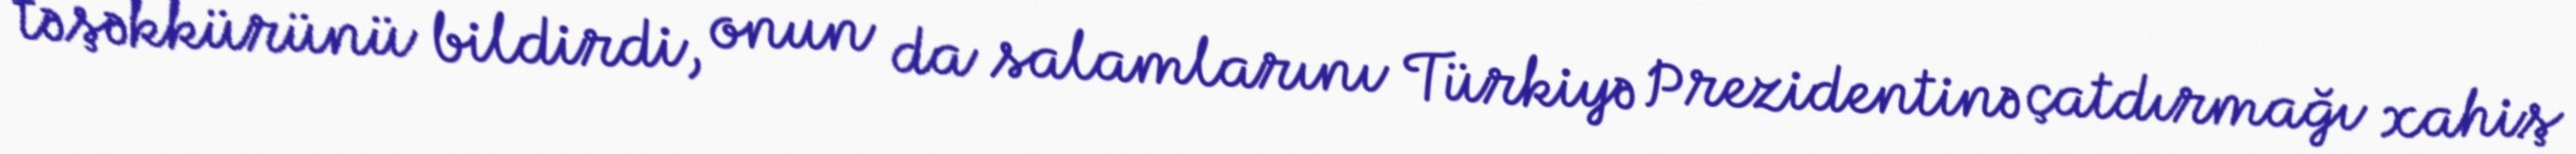
təşəkkürünü bildirdi, onun da salamlarını Türkiyə Prezidentinə çatdırmağı xahiş